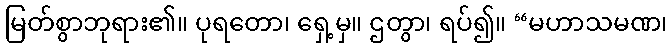
မြတ်စွာဘုရား၏။ ပုရတော၊ ရှေ့မှ။ ဌတွာ၊ ရပ်၍။ “မဟာသမဏ၊